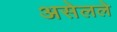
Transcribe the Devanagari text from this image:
असेलले